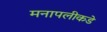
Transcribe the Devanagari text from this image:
मनापलीकडे